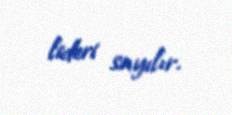
lideri sayılır.